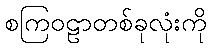
စကြဝဠာတစ်ခုလုံးကို